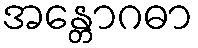
အန္တောဂဓာ